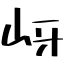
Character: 岈